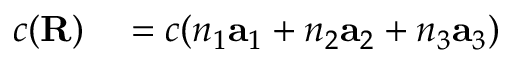
\begin{array} { r l } { c ( \mathbf { R } ) } & { { } = c ( n _ { 1 } \mathbf { a } _ { 1 } + n _ { 2 } \mathbf { a } _ { 2 } + n _ { 3 } \mathbf { a } _ { 3 } ) } \end{array}